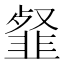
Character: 韰